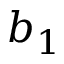
b _ { 1 }